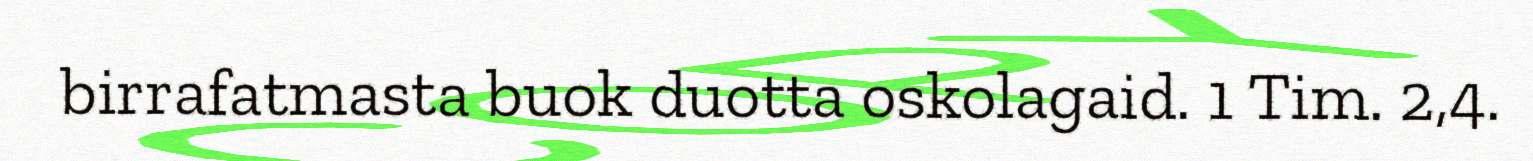
birrafatmasta buok duotta oskolagaid. 1 Tim. 2,4.